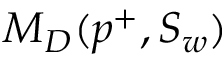
M _ { D } ( p ^ { + } , S _ { w } )